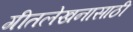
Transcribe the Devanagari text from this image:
गीतलेखनासाठी